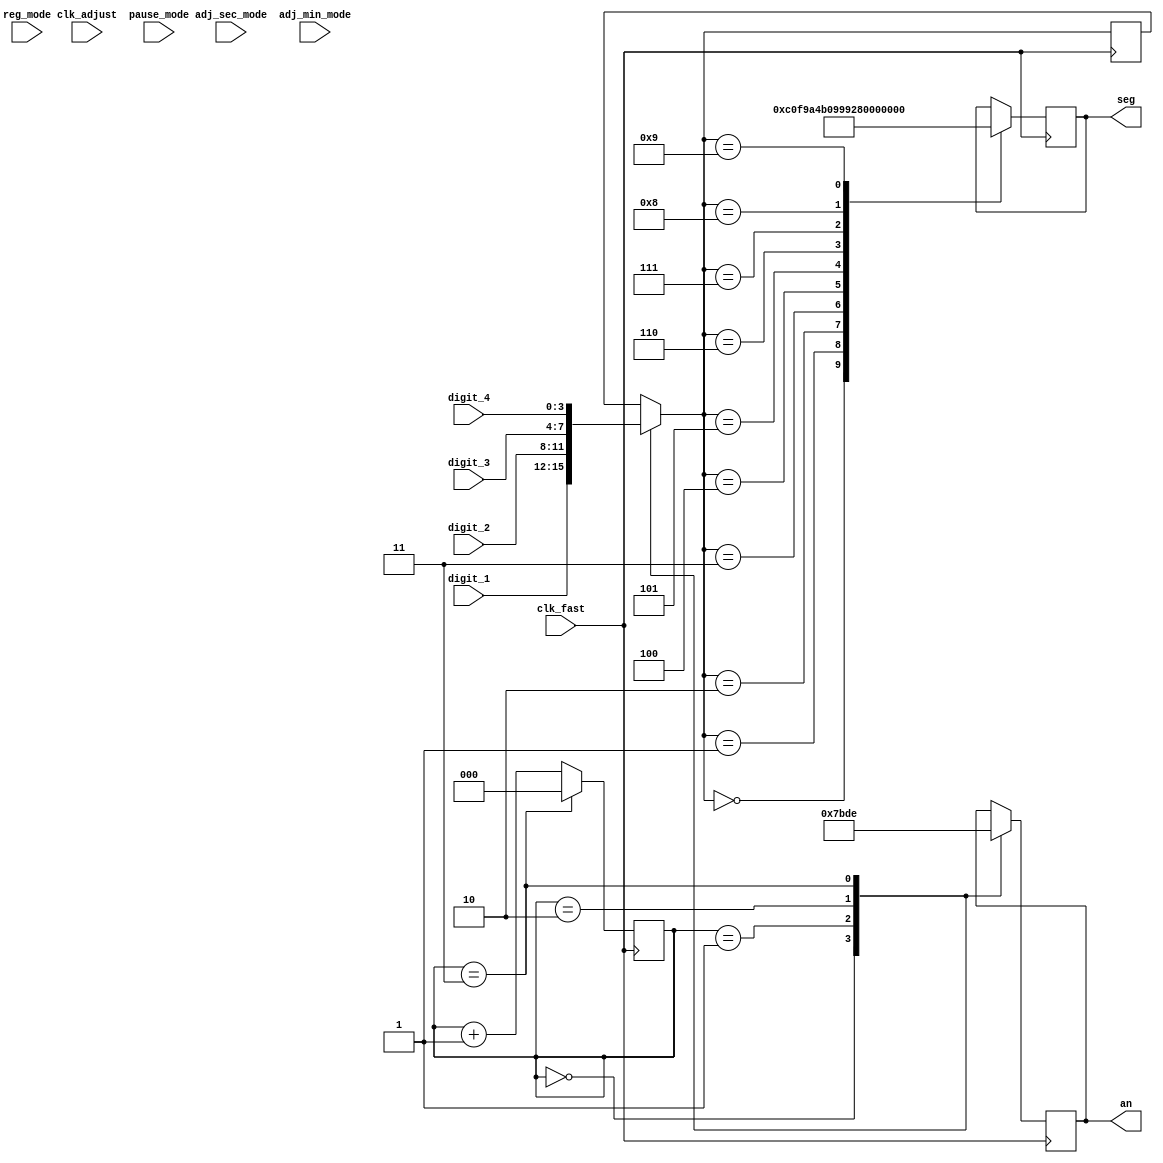
module display(
  // Inputs
  clk_fast, clk_adjust,
  reg_mode, adj_sec_mode, adj_min_mode, pause_mode,
  digit_1, digit_2, digit_3, digit_4,
  // Outputs
  seg, an
);

input clk_fast;
input clk_adjust;

input reg_mode;
input adj_sec_mode;
input adj_min_mode;
input pause_mode;

input [3:0] digit_1;
input [3:0] digit_2;
input [3:0] digit_3;
input [3:0] digit_4;

output [7:0] seg;
output [3:0] an;

reg [3:0] cur_num = 0;
reg [2:0] cur_digit = 0;
reg [7:0] seg_ = 0;
reg [3:0] an_ = 0;

// reg isOn = 1;

// always @ (posedge clk_adjust) begin
//   isOn = ~isOn;
// end

always @ (posedge clk_fast) begin
  case (cur_digit)
    2'b00: begin an_ <= 4'b0111; cur_num = digit_1; end
    2'b01: begin an_ <= 4'b1011; cur_num = digit_2; end
    2'b10: begin an_ <= 4'b1101; cur_num = digit_3; end
    2'b11: begin an_ <= 4'b1110; cur_num = digit_4; end
  endcase

  if (cur_digit == 2'b11)
    cur_digit = 2'b00;
  else
    cur_digit = cur_digit + 1;

  case (cur_num)
    0: seg_ = 8'b11000000;
    1: seg_ = 8'b11111001;
    2: seg_ = 8'b10100100;
    3: seg_ = 8'b10110000;
    4: seg_ = 8'b10011001;
    5: seg_ = 8'b10010010;
    6: seg_ = 8'b10000010;
    7: seg_ = 8'b11111000;
    8: seg_ = 8'b10000000;
    9: seg_ = 8'b10010000;
  endcase

  // if (adj_sec_mode && !isOn && (cur_num == digit_3 || cur_num == digit_4 )) begin
  //   seg_ = 0;
  // end else ;
end

assign seg = seg_;
assign an = an_;

endmodule // display